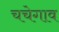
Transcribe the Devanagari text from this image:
चचेगाव